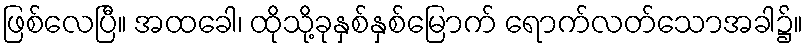
ဖြစ်လေပြီ။ အထခေါ၊ ထိုသို့ခုနှစ်နှစ်မြောက် ရောက်လတ်သောအခါ၌။